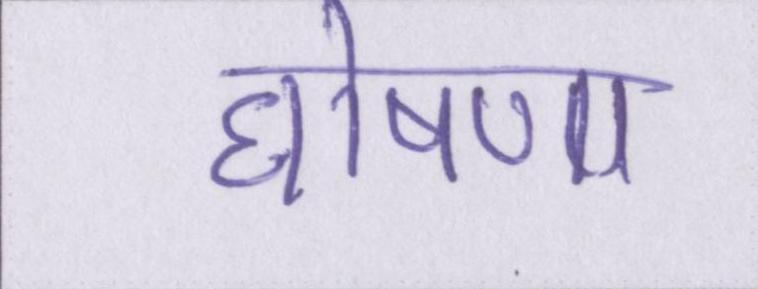
घोषणा